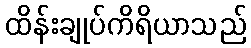
ထိန်းချုပ်ကိရိယာသည်